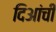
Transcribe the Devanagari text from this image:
दिआंची